Summary of further report on surra
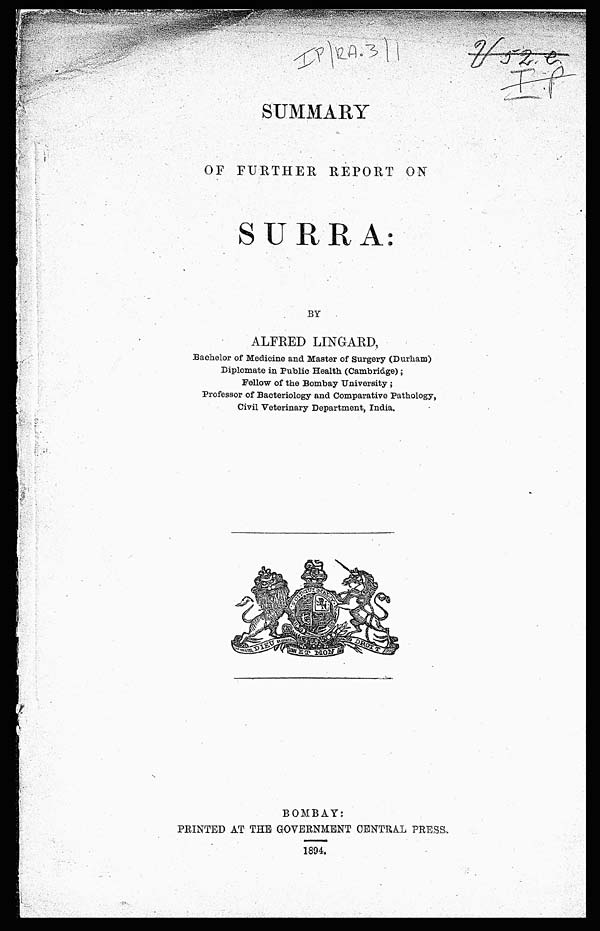
SUMMARY
OF FURTHER REPORT ON
SURRA:
BY
ALFRED LINGARD,
Bachelor of Medicine and Master of Surgery (Durham)
Diplomate in Public Health (Cambridge);
Fellow of the Bombay University ;
Professor of Bacteriology and Comparative Pathology,
Civil Veterinary Department, India.
BOMBAY:
PRINTED AT THE GOVERNMENT CENTRAL PRESS,
1894.